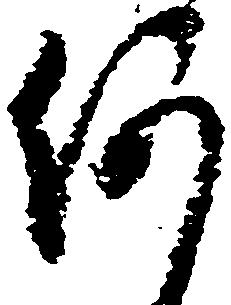
何